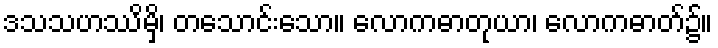
ဒသသဟဿိမှိ၊ တသောင်းသော။ လောကဓာတုယာ၊ လောကဓာတ်၌။